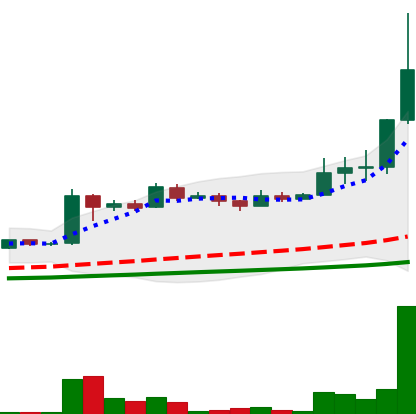
Ticker: LINK-USD
Chart end date: 2019-06-29
Forward return: -5.894%
Label: down_5_7